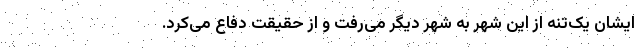
ایشان یک‌تنه از این شهر به شهر دیگر می‌رفت و از حقیقت دفاع می‌کرد.